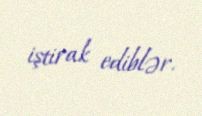
iştirak ediblər.